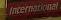
international